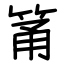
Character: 筩